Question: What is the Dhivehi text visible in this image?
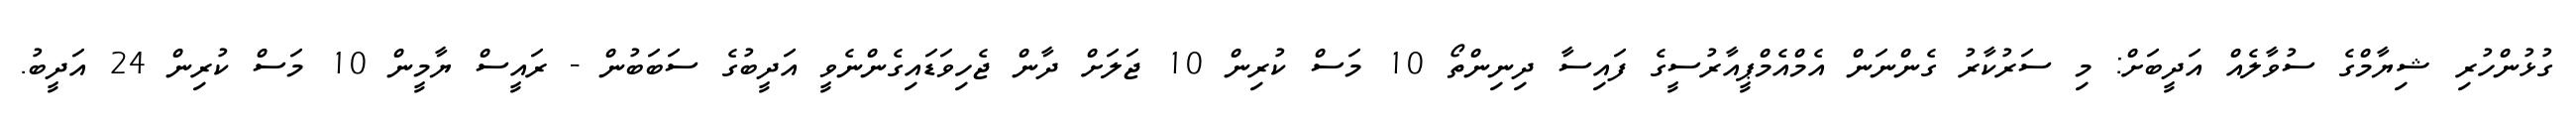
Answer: ގުޅުންހުރި ޝިޔާމްގެ ސުވާލެއް އަދީބަށް: މި ސަރުކާރު ގެންނަން އެމްއެމްޕީއާރުސީގެ ފައިސާ ދިނިންތޯ 10 މަސް ކުރިން 10 ޖަލަށް ދާން ޖެހިވަޑައިގެންނެވީ އަދީބުގެ ސަބަބުން - ރައީސް ޔާމީން 10 މަސް ކުރިން 24 އަދީބު.